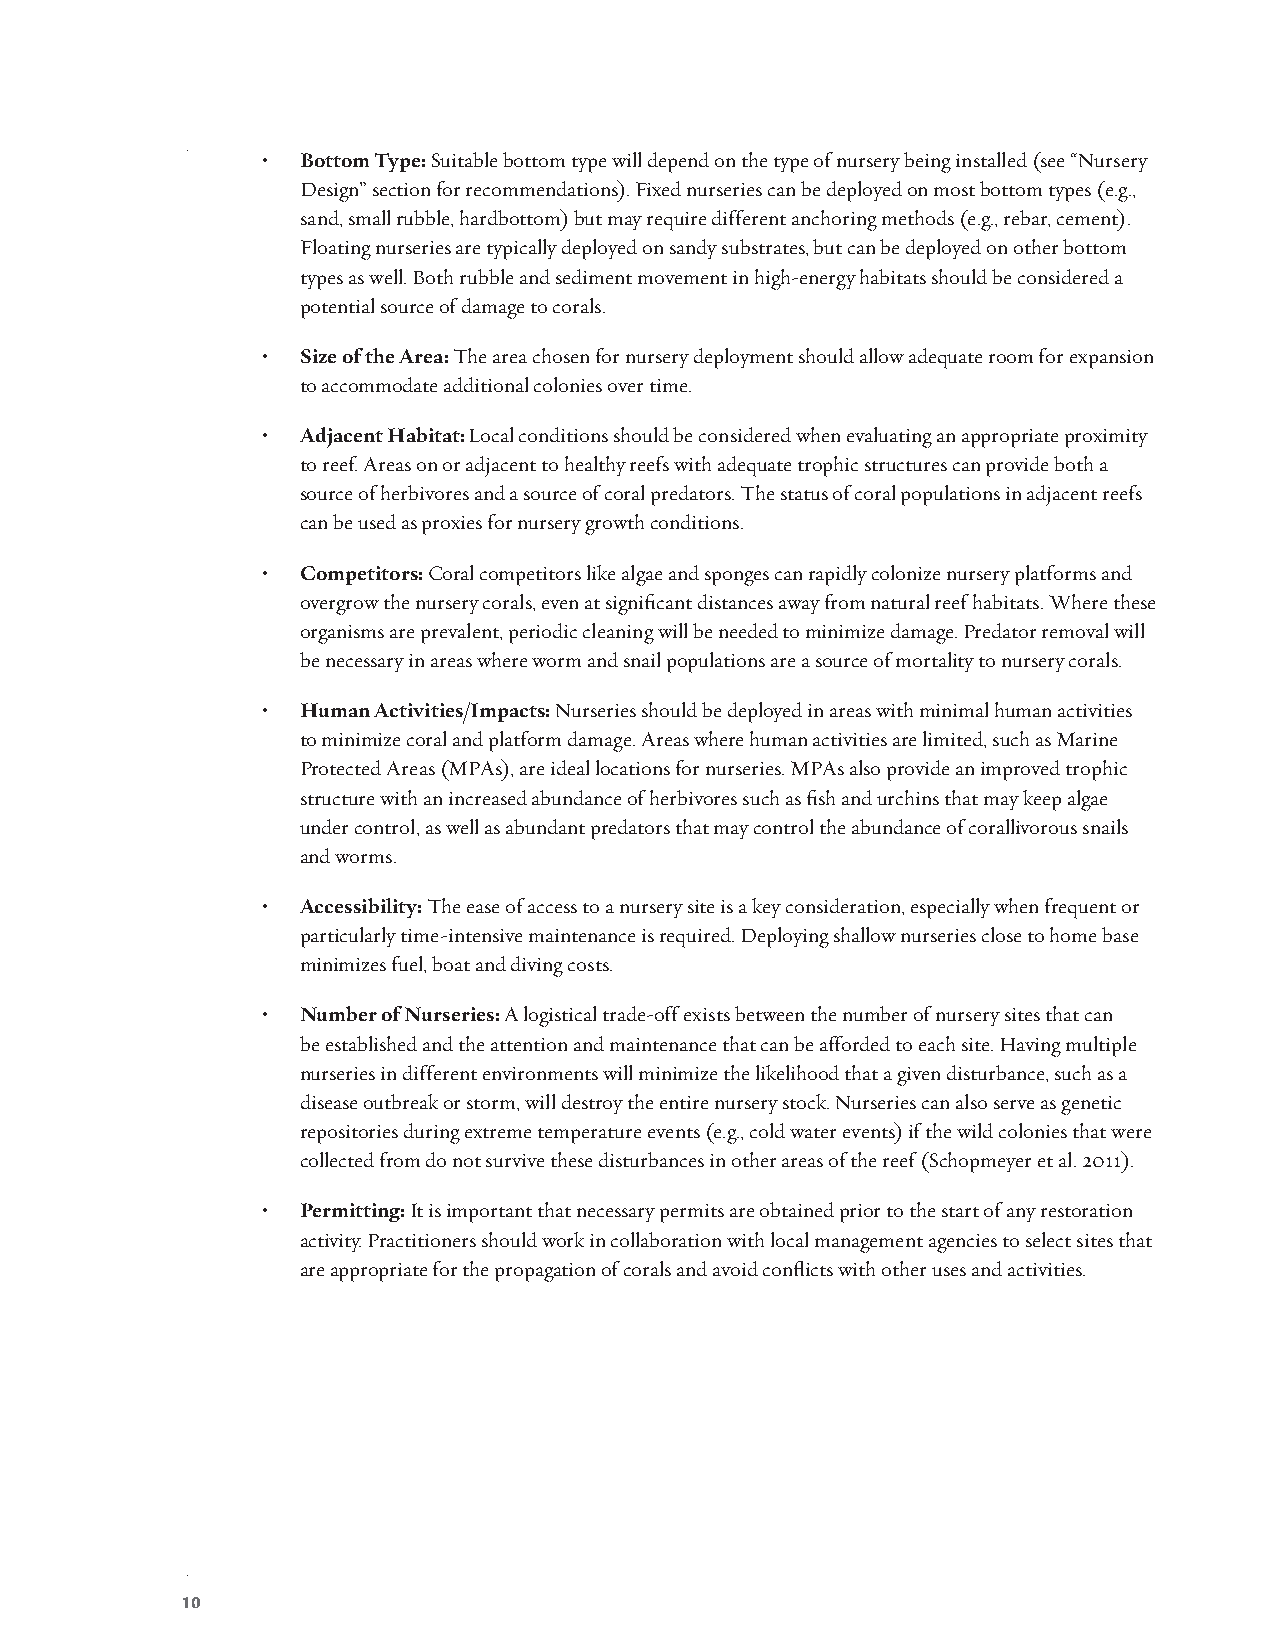
•  Bottom Type: Suitable bottom type will depend on the type of nursery being installed (see “Nursery
 Design” section for recommendations). Fixed nurseries can be deployed on most bottom types (e.g.,
 sand, small rubble, hardbottom) but may require different anchoring methods (e.g., rebar, cement).
 Floating nurseries are typically deployed on sandy substrates, but can be deployed on other bottom
 types as well. Both rubble and sediment movement in high-energy habitats should be considered a
 potential source of damage to corals.
 •  Size of the Area: The area chosen for nursery deployment should allow adequate room for expansion
 to accommodate additional colonies over time.
 •  Adjacent Habitat: Local conditions should be considered when evaluating an appropriate proximity
 to reef. Areas on or adjacent to healthy reefs with adequate trophic structures can provide both a
 source of herbivores and a source of coral predators. The status of coral populations in adjacent reefs
 can be used as proxies for nursery growth conditions.
 •  Competitors: Coral competitors like algae and sponges can rapidly colonize nursery platforms and
 overgrow the nursery corals, even at significant distances away from natural reef habitats. Where these
 organisms are prevalent, periodic cleaning will be needed to minimize damage. Predator removal will
 be necessary in areas where worm and snail populations are a source of mortality to nursery corals.
 •  Human Activities/Impacts: Nurseries should be deployed in areas with minimal human activities
 to minimize coral and platform damage. Areas where human activities are limited, such as Marine
 Protected Areas (MPAs), are ideal locations for nurseries. MPAs also provide an improved trophic
 structure with an increased abundance of herbivores such as fish and urchins that may keep algae
 under control, as well as abundant predators that may control the abundance of corallivorous snails
 and worms.
 •  Accessibility: The ease of access to a nursery site is a key consideration, especially when frequent or
 particularly time-intensive maintenance is required. Deploying shallow nurseries close to home base
 minimizes fuel, boat and diving costs.
 •  Number of Nurseries: A logistical trade-off exists between the number of nursery sites that can
 be established and the attention and maintenance that can be afforded to each site. Having multiple
 nurseries in different environments will minimize the likelihood that a given disturbance, such as a
 disease outbreak or storm, will destroy the entire nursery stock. Nurseries can also serve as genetic
 repositories during extreme temperature events (e.g., cold water events) if the wild colonies that were
 collected from do not survive these disturbances in other areas of the reef (Schopmeyer et al. 2011).
 •  Permitting: It is important that necessary permits are obtained prior to the start of any restoration
 activity. Practitioners should work in collaboration with local management agencies to select sites that
 are appropriate for the propagation of corals and avoid conflicts with other uses and activities.
 10